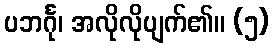
ပဘင်္ဂု၊ အလိုလိုပျက်၏။ (၅)